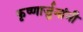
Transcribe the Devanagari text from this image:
कृष्णार्जुनांनी